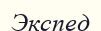
Экспед